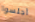
أجلسوا